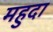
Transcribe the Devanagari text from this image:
महुदा